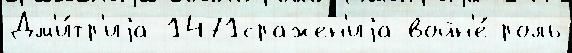
Дм'и́тр'иjа 1471сражен'иjа войн'е́ роль